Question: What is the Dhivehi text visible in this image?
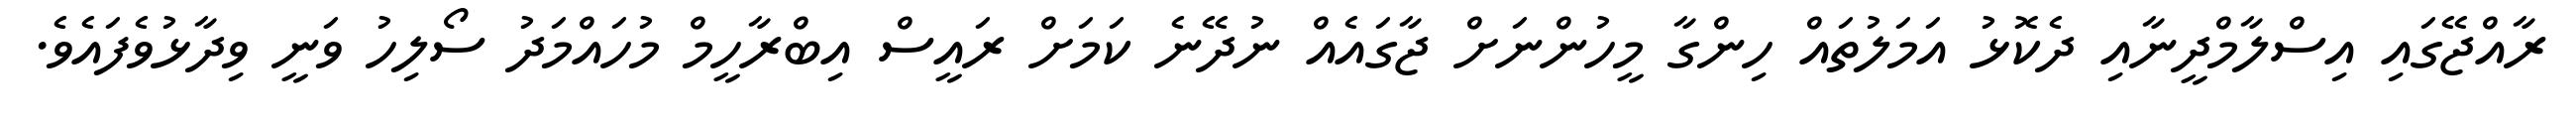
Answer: ރާއްޖޭގައި އިސްލާމްދީނާއި ދެކޮޅު އަމަލުތައް ހިންގާ މީހުންނަށް ޖާގައެއް ނުދޭނެ ކަމަށް ރައީސް އިބްރާހީމް މުހައްމަދު ސޯލިހު ވަނީ ވިދާޅުވެފައެވެ.